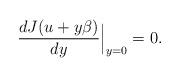
LaTeX: \begin{align*}\frac{d J(u+y\beta)}{dy}\Big|_{y=0} = 0.\end{align*}